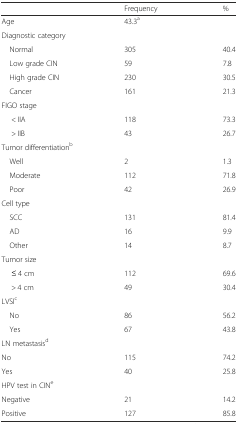
<table><thead><tr><td></td><td><b>Frequency</b></td><td><b>%</b></td></tr></thead><tbody><tr><td>Age</td><td>43.3<sup>a</sup></td><td></td></tr><tr><td colspan="3">Diagnostic category</td></tr><tr><td> Normal</td><td>305</td><td>40.4</td></tr><tr><td> Low grade CIN</td><td>59</td><td>7.8</td></tr><tr><td> High grade CIN</td><td>230</td><td>30.5</td></tr><tr><td> Cancer</td><td>161</td><td>21.3</td></tr><tr><td colspan="3">FIGO stage</td></tr><tr><td>&lt; IIA</td><td>118</td><td>73.3</td></tr><tr><td>&gt; IIB</td><td>43</td><td>26.7</td></tr><tr><td colspan="3">Tumor differentiation<sup>b</sup></td></tr><tr><td> Well</td><td>2</td><td>1.3</td></tr><tr><td> Moderate</td><td>112</td><td>71.8</td></tr><tr><td> Poor</td><td>42</td><td>26.9</td></tr><tr><td colspan="3">Cell type</td></tr><tr><td> SCC</td><td>131</td><td>81.4</td></tr><tr><td> AD</td><td>16</td><td>9.9</td></tr><tr><td> Other</td><td>14</td><td>8.7</td></tr><tr><td colspan="3">Tumor size</td></tr><tr><td>≤ 4 cm</td><td>112</td><td>69.6</td></tr><tr><td>&gt; 4 cm</td><td>49</td><td>30.4</td></tr><tr><td colspan="3">LVSI<sup>c</sup></td></tr><tr><td> No</td><td>86</td><td>56.2</td></tr><tr><td> Yes</td><td>67</td><td>43.8</td></tr><tr><td colspan="3">LN metastasis<sup>d</sup></td></tr><tr><td>No</td><td>115</td><td>74.2</td></tr><tr><td>Yes</td><td>40</td><td>25.8</td></tr><tr><td>HPV test in CIN<sup>e</sup></td><td></td><td></td></tr><tr><td>Negative</td><td>21</td><td>14.2</td></tr><tr><td>Positive</td><td>127</td><td>85.8</td></tr></tbody></table>